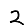
Digit: 2